Epidemic dropsy in Calcutta - Number 45
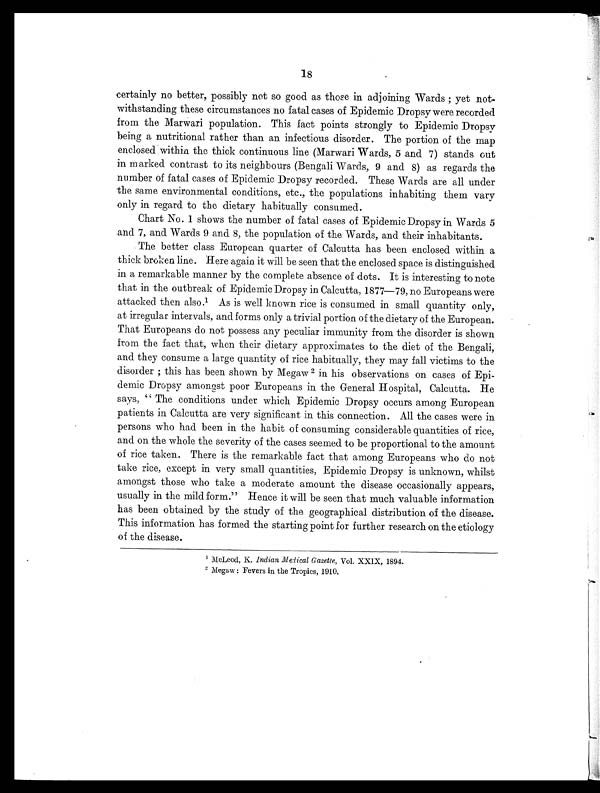
18
certainly no better, possibly not so good as those in adjoining Wards ; yet not-
withstanding these circumstances no fatal cases of Epidemic Dropsy were recorded
from the Marwari population. This fact points strongly to Epidemic Dropsy
being a nutritional rather than an infectious disorder. The portion of the map
enclosed within the thick continuous line (Marwari Wards, 5 and 7) stands out
in m asked contrast to its neighbours (Bengali Wards, 9 and 8) as regards the
number of fatal cases of Epidemic Dropsy recorded. These Wards are all under
the same environmental conditions, etc., the populations inhabiting them vary
only in regard to the dietary habitually consumed.
Chart No. 1 shows the number of fatal cases of Epidemic Dropsy in Wards 5
and 7, and Wards 9 and 8, the population of the Wards, and their inhabitants.
The better class European quarter of Calcutta has been enclosed within a
thick broken. line. Here again it will be seen that the enclosed space is distinguished
in a remarkable manner by the complete absence of dots. It is interesting to note
that in the outbreak of Epidemic Dropsy in Calcutta, 1877—79, no Europeans were
attacked then also.1 A s i s w e l l k n o w n r i c e i s c o n s u m e d i n s m a l l q u a n t i t y o n l y ,
at irregular intervals, and forms only a trivial portion of the dietary of the European.
That Europeans do not possess any peculiar immunity from the disorder is shown
from the fact that, when their dietary approximates to the diet of the Bengali,
and they consume a large quantity of rice habitually, they may fall victims to the
disorder ; this has been shown by Megaw 2 in his observations on cases of Epi-
demic Dropsy amongst poor Europeans in the General Hospital, Calcutta. He
says, " The conditions under which Epidemic Dropsy occurs among European
patients in Calcutta are very significant in this connection. All the cases were in
persons who had been in the habit of consuming considerable quantities of rice,
and on the whole the severity of the cases seemed to be proportional to the amount
of rice taken. There is the remarkable fact that among Europeans who do not
take rice, except in very small quantities, Epidemic Dropsy is unknown, whilst
amongst those who take a moderate amount the disease occasionally appears,
usually in the mild form." Hence it will be seen that much valuable information
has been obtained by the study of the geographical distribution of the disease.
This information has formed the starting point for further research on the etiology
of the disease.
1M
c L e o d , K .
I n d i a n H e l i c a l G a z e t t e ,
Vol. XXIX, 1894.
2M
e g a w : F e v e r s i n t h e T r o p i c s , 1 9 1 0 .